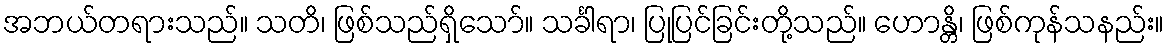
အဘယ်တရားသည်။ သတိ၊ ဖြစ်သည်ရှိသော်။ သင်္ခါရာ၊ ပြုပြင်ခြင်းတို့သည်။ ဟောန္တိ၊ ဖြစ်ကုန်သနည်း။